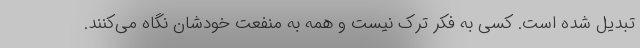
تبدیل شده است. کسی به فکر ترک نیست و همه به منفعت خودشان نگاه می‌کنند.